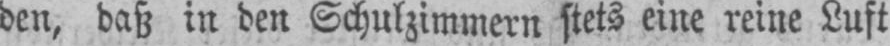
den, daß in den Schulzimmern stets eine reine Luft